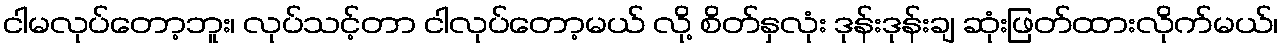
ငါမလုပ်တော့ဘူး၊ လုပ်သင့်တာ ငါလုပ်တော့မယ် လို့ စိတ်နှလုံး ဒုန်းဒုန်းချ ဆုံးဖြတ်ထားလိုက်မယ်၊